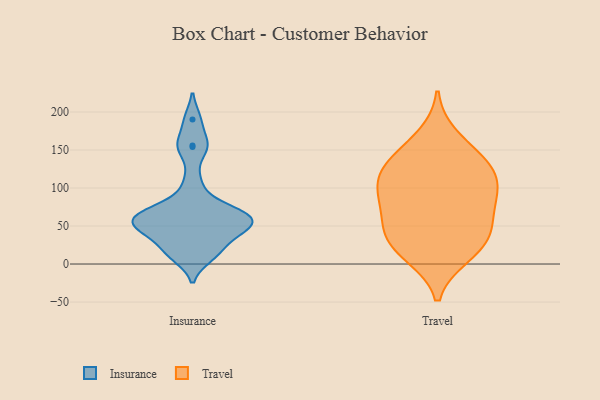
{"axis": {"x": "Bounce Rate (%)", "y": "Value"}, "legend": ["Insurance", "Travel"], "data": [{"x": "", "y": 65, "type": "Insurance"}, {"x": "", "y": 49, "type": "Insurance"}, {"x": "", "y": 46, "type": "Insurance"}, {"x": "", "y": 40, "type": "Insurance"}, {"x": "", "y": 190, "type": "Insurance"}, {"x": "", "y": 107, "type": "Insurance"}, {"x": "", "y": 68, "type": "Insurance"}, {"x": "", "y": 10, "type": "Insurance"}, {"x": "", "y": 154, "type": "Insurance"}, {"x": "", "y": 156, "type": "Insurance"}, {"x": "", "y": 18, "type": "Insurance"}, {"x": "", "y": 61, "type": "Insurance"}, {"x": "", "y": 16, "type": "Insurance"}, {"x": "", "y": 74, "type": "Insurance"}, {"x": "", "y": 63, "type": "Insurance"}, {"x": "", "y": 57, "type": "Insurance"}, {"x": "", "y": 45, "type": "Insurance"}, {"x": "", "y": 38, "type": "Travel"}, {"x": "", "y": 80, "type": "Travel"}, {"x": "", "y": 99, "type": "Travel"}, {"x": "", "y": 126, "type": "Travel"}, {"x": "", "y": 13, "type": "Travel"}, {"x": "", "y": 123, "type": "Travel"}, {"x": "", "y": 99, "type": "Travel"}, {"x": "", "y": 43, "type": "Travel"}, {"x": "", "y": 11, "type": "Travel"}, {"x": "", "y": 73, "type": "Travel"}, {"x": "", "y": 99, "type": "Travel"}, {"x": "", "y": 135, "type": "Travel"}, {"x": "", "y": 141, "type": "Travel"}, {"x": "", "y": 52, "type": "Travel"}, {"x": "", "y": 168, "type": "Travel"}, {"x": "", "y": 30, "type": "Travel"}]}